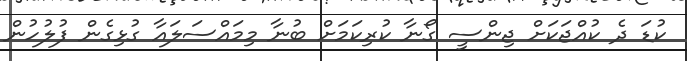
ކުޑަ ދެ ކުއްޖަކަށް ޖިންސީ ގޯނާ ކުރިކަމަށް ބުނާ މިމައްސަލައާ ގުޅިގެން ފުލުހުން